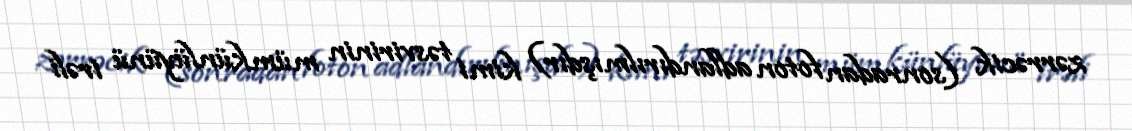
zərrəcik (sonradan foton adlandırılmışdır) kimi təsvirinin mümkünlüyünü irəli